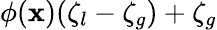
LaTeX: \phi(\mathbf{x})(\zeta_{l}-\zeta_{g})+\zeta_{g}